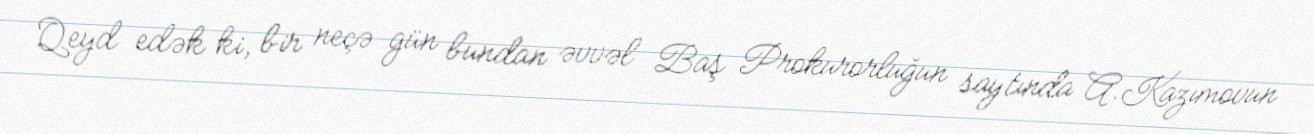
Qeyd edək ki, bir neçə gün bundan əvvəl Baş Prokurorluğun saytında A.Kazımovun